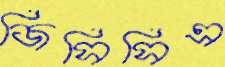
জিসিসিএ